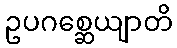
ဥပဂစ္ဆေယျာတိ